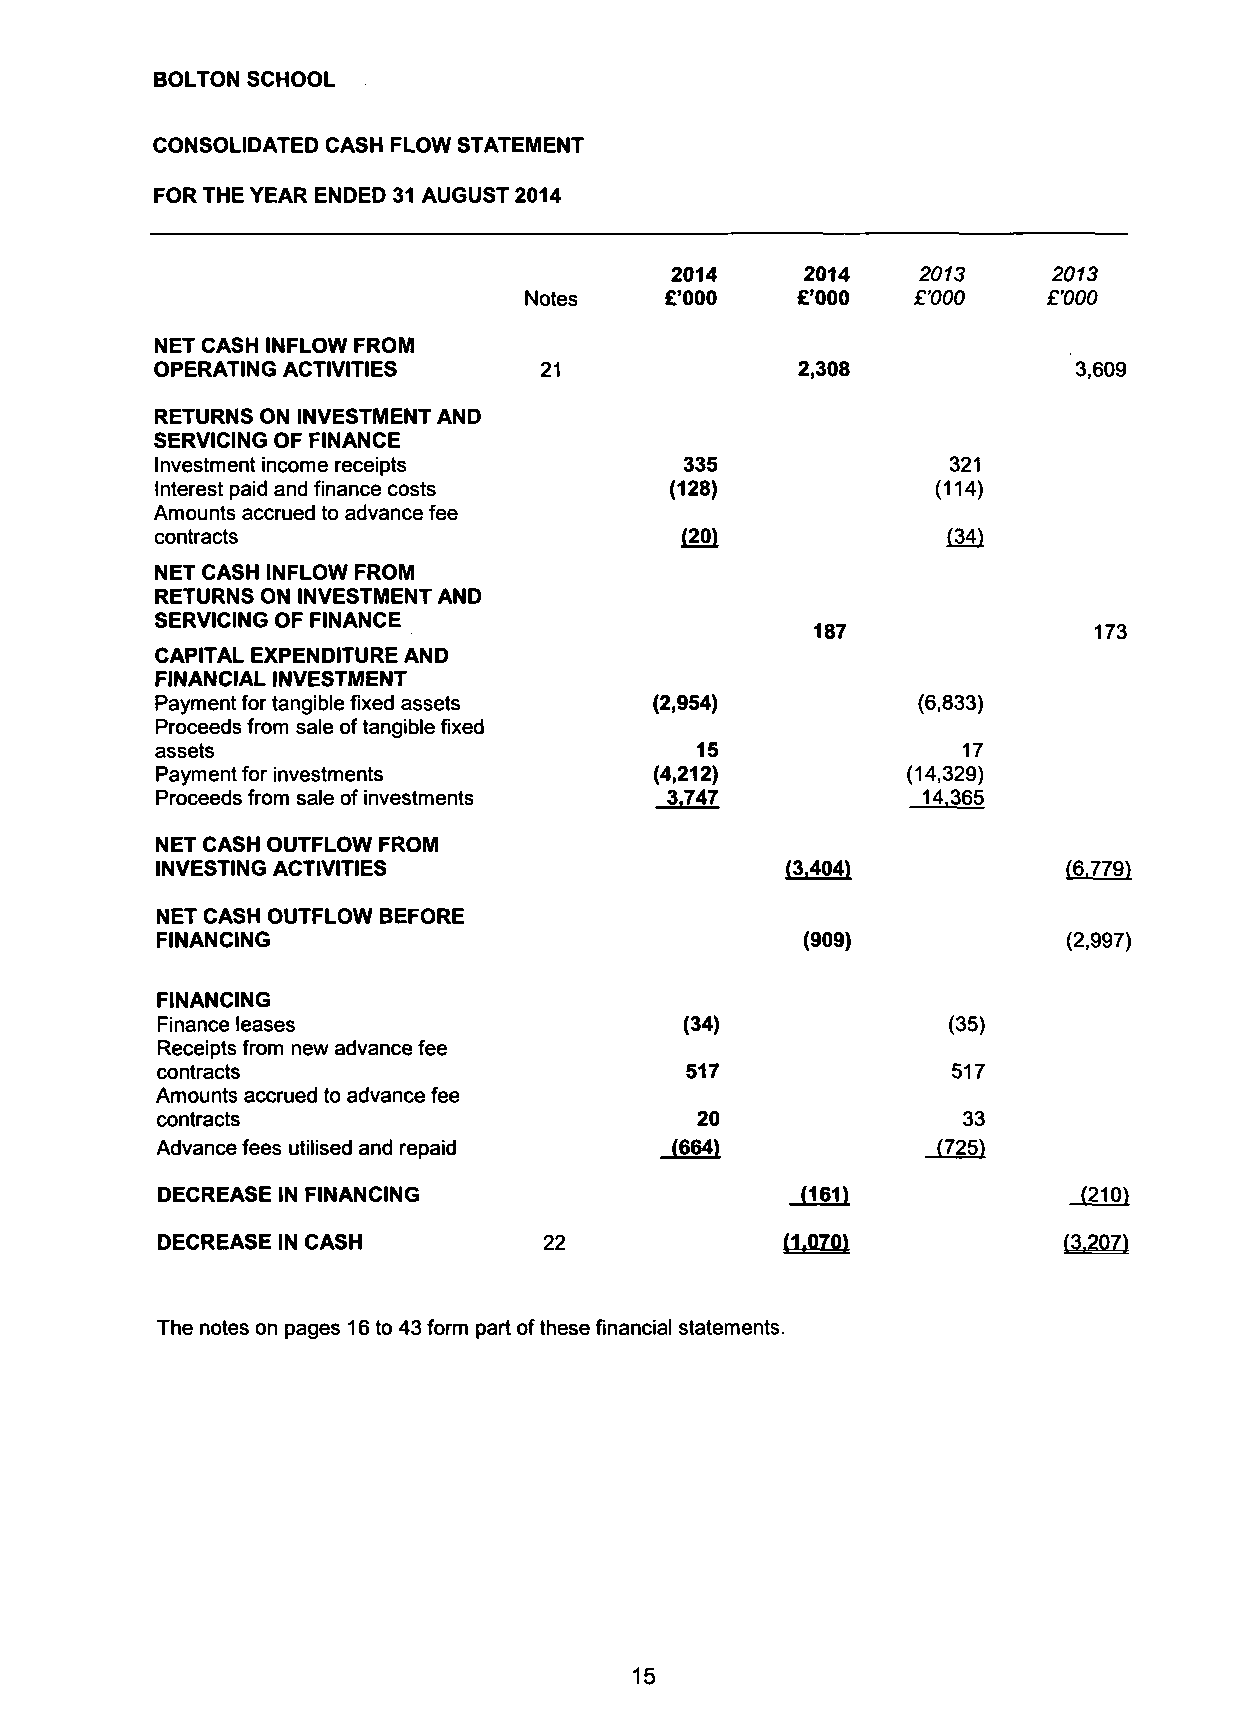
BOLTON SCHOOL
 CONSOLIDATED CASH FLOW STATEMENT
 FOR THE YEAR ENDED 31 AUGUST 2014
 2014     2014    2013     2013
 Notes    £'000    £'000  £'000    £'000
 NET CASH INFLOW FROM
 OPERATING ACTIVITIES      21               2,308             3,609
 RETURNS ON INVESTMENT AND
 SERVICING OF FINANCE
 Investment income receipts         335               321
 Interest paid and finance costs   (128)             (114)
 Amounts accrued to advance fee
 contracts                          (20)              (34)
 NET CASH INFLOW FROM
 RETURNS ON INVESTMENT AND
 SERVICING OF FINANCE
 187               173
 CAPITAL EXPENDITURE AND
 FINANCIAL INVESTMENT
 Payment for tangible fixed assets (2,954)          (6,833)
 Proceeds from sale of tangible fixed
 assets                              15                17
 Payment for investments          (4,212)          (14,329)
 Proceeds from sale of investments 3.747            14.365
 NET CASH OUTFLOW FROM
 INVESTING ACTIVITIES                      (3.404)            (6.779)
 NET CASH OUTFLOW BEFORE
 FINANCING                                  (909)             (2,997)
 FINANCING
 Finance leases                     (34)              (35)
 Receipts from new advance fee
 contracts                          517               517
 Amounts accrued to advance fee
 contracts                           20                33
 (664)             i725)
 Advance fees utilised and repaid
 (161)              (210)
 DECREASE IN FINANCING
 22              (1.0701           (3.207)
 DECREASE IN CASH
 The notes on pages 16 to 43 form part of these financial statements.
 15